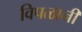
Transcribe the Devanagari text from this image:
विपळानी